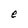
Character: e